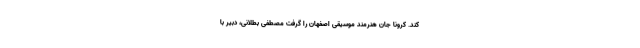
کند. کرونا جان هنرمند موسیقی اصفهان را گرفت مصطفی بطلانی، دبیر با